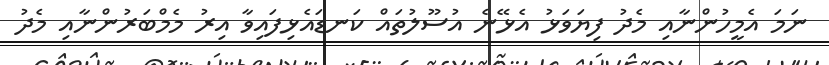
ނަމަ އެމީހުންނާއި މެދު ފިޔަވަޅު އެޅޭނެ އުސޫލުތައް ކަނޑައެޅިފައިވާ އިރު މެމްބަރުންނާއި މެދު